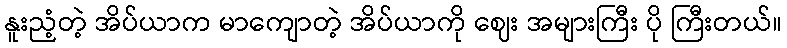
နူးညံ့တဲ့ အိပ်ယာက မာကျောတဲ့ အိပ်ယာကို ဈေး အများကြီး ပို ကြီးတယ်။